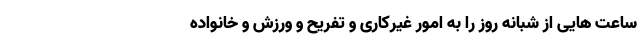
ساعت هایی از شبانه روز را به امور غیرکاری و تفریح و ورزش و خانواده